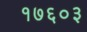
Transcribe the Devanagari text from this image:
१७६०३